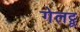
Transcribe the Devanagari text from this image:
गेलट्रू